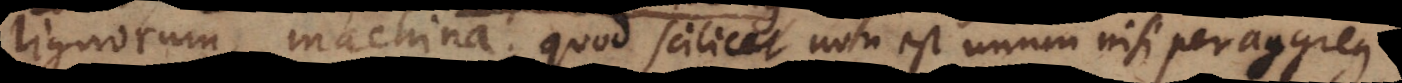
lignorum, machina, quod scilicet non est unum nisi per aggregat